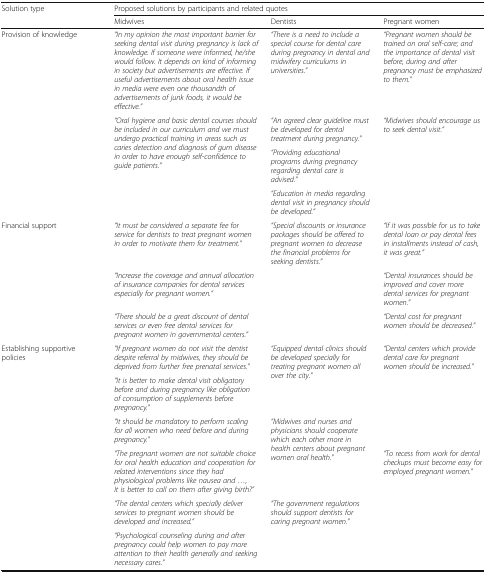
| <ROWSPAN=2> Solution type | <COLSPAN=3> Proposed solutions by participants and related quotes |
 | Midwives | Dentists | Pregnant women |
 | --- | --- | --- | --- |
 | <ROWSPAN=4> Provision of knowledge | “In my opinion the most important barrier for seeking dental visit during pregnancy is lack of knowledge. If someone were informed, he/she would follow. It depends on kind of informing in society but advertisements are effective. If useful advertisements about oral health issue in media were even one thousandth of advertisements of junk foods, it would be effective.” | “There is a need to include a special course for dental care during pregnancy in dental and midwifery curriculums in universities.” | “Pregnant women should be trained on oral self-care; and the importance of dental visit before, during and after pregnancy must be emphasized to them.” |
 | <ROWSPAN=3> “Oral hygiene and basic dental courses should be included in our curriculum and we must undergo practical training in areas such as caries detection and diagnosis of gum disease in order to have enough self-confidence to guide patients.” | “An agreed clear guideline must be developed for dental treatment during pregnancy.” | <ROWSPAN=3> “Midwives should encourage us to seek dental visit.” |
 | “Providing educational programs during pregnancy regarding dental care is advised.” |
 | “Education in media regarding dental visit in pregnancy should be developed.” |
 | <ROWSPAN=3> Financial support | “It must be considered a separate fee for service for dentists to treat pregnant women in order to motivate them for treatment.” | “Special discounts or insurance packages should be offered to pregnant women to decrease the financial problems for seeking dentists.” | “If it was possible for us to take dental loan or pay dental fees in installments instead of cash, it was great.” |
 | “Increase the coverage and annual allocation of insurance companies for dental services especially for pregnant women.” |  | “Dental insurances should be improved and cover more dental services for pregnant women.” |
 | “There should be a great discount of dental services or even free dental services for pregnant women in governmental centers.” |  | “Dental cost for pregnant women should be decreased.” |
 | <ROWSPAN=6> Establishing supportive policies | “If pregnant women do not visit the dentist despite referral by midwives, they should be deprived from further free prenatal services.” | <ROWSPAN=2> “Equipped dental clinics should be developed specially for treating pregnant women all over the city.” | <ROWSPAN=3> “Dental centers which provide dental care for pregnant women should be increased.” |
 | “It is better to make dental visit obligatory before and during pregnancy like obligation of consumption of supplements before pregnancy.” |
 | “It should be mandatory to perform scaling for all women who need before and during pregnancy.” | <ROWSPAN=2> “Midwives and nurses and physicians should cooperate which each other more in health centers about pregnant women oral health.” |
 | “The pregnant women are not suitable choice for oral health education and cooperation for related interventions since they had physiological problems like nausea and ..., It is better to call on them after giving birth?” | <ROWSPAN=3> “To recess from work for dental checkups must become easy for employed pregnant women.” |
 | “The dental centers which specially deliver services to pregnant women should be developed and increased.” | <ROWSPAN=2> “The government regulations should support dentists for caring pregnant women.” |
 | “Psychological counseling during and after pregnancy could help women to pay more attention to their health generally and seeking necessary cares.” |